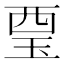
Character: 𧟪